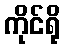
ကိုင်ရို